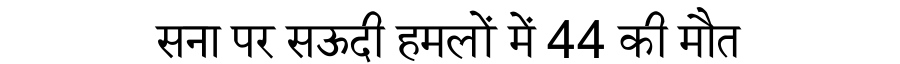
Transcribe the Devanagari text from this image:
सना पर सऊदी हमलों में 44 की मौत